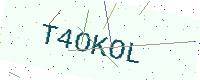
Text: T4OKOL